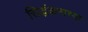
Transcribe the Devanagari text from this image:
सिद्धंकनाच्या